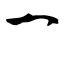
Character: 一